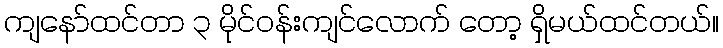
ကျနော်ထင်တာ ၃ မိုင်ဝန်းကျင်လောက် တော့ ရှိမယ်ထင်တယ်။